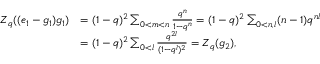
\begin{array} { r l } { Z _ { q } ( ( e _ { 1 } - g _ { 1 } ) g _ { 1 } ) } & { = ( 1 - q ) ^ { 2 } \sum _ { 0 < m < n } \frac { q ^ { n } } { 1 - q ^ { n } } = ( 1 - q ) ^ { 2 } \sum _ { 0 < n , l } ( n - 1 ) q ^ { n l } } \\ & { = ( 1 - q ) ^ { 2 } \sum _ { 0 < l } \frac { q ^ { 2 l } } { ( 1 - q ^ { l } ) ^ { 2 } } = Z _ { q } ( g _ { 2 } ) , } \end{array}